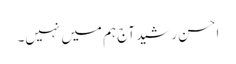
احسن رشید آج ہم میں نہیں۔